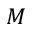
M